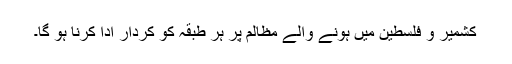
کشمیر و فلسطین میں ہونے والے مظالم پر ہر طبقہ کو کردار ادا کرنا ہو گا۔